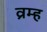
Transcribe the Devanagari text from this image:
व्रम्ह